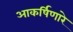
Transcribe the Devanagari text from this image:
आकर्षिणारे